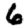
Digit: 6